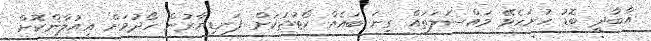
އާބާދީ ބޮޑު ހުށަހެޅޭ މައްސަލަތައް ގިނަ ބައެއް ކޯޓުތަކަށް ފަނޑިޔާރުން ހޯދުމަށް އިއުލާންކޮށް